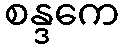
စန္ဒကေ